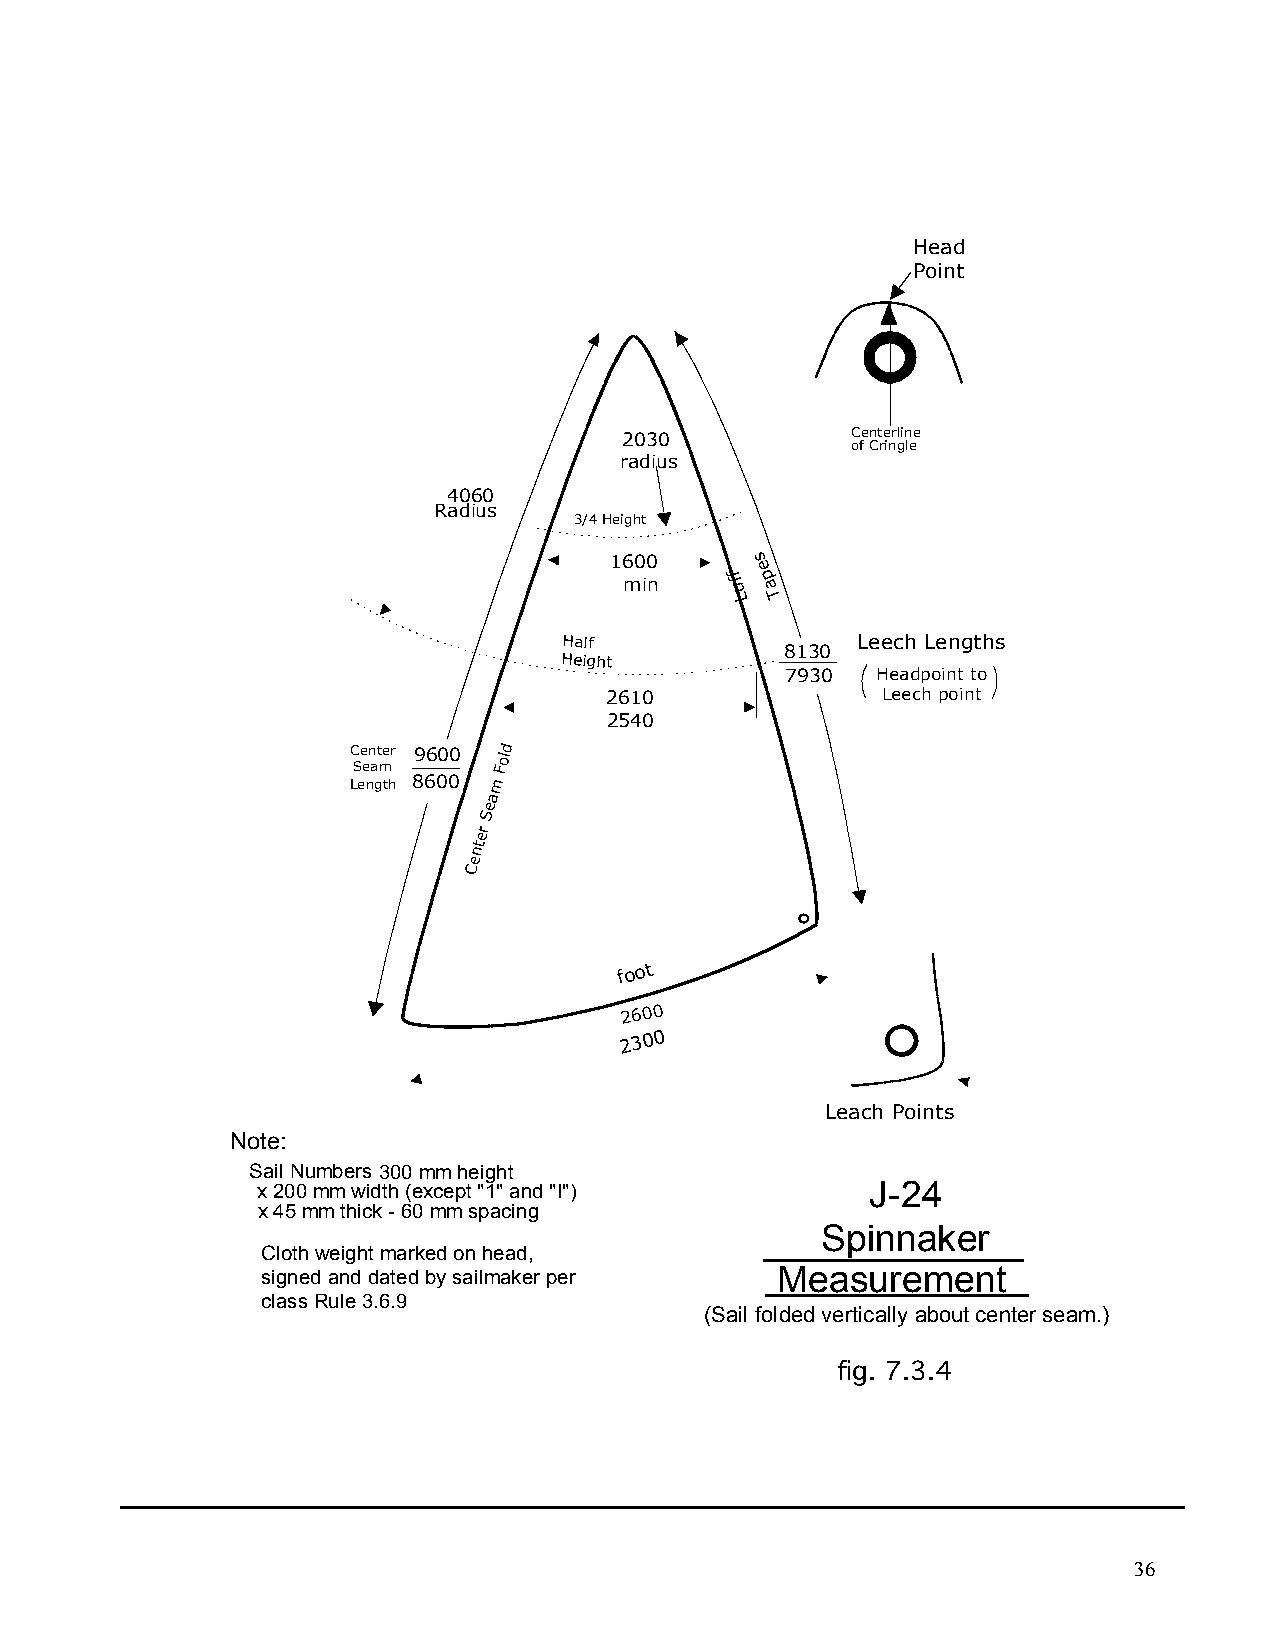
Head
 Point
 2030           Centerline
 of Cringle
 radius
 4060
 Radius
 3/4 Height
 1600      s
 e
 min    ffu p a
 L  T
 Half                Leech Lengths
 8130
 Height
 7930  Headpoint to
 2610              Leech point
 2540
 C Se en at mer 9600 Fold
 Length 8600 m
 a
 e
 S
 er
 nt
 e
 C
 foot
 2600
 2300
 Leach Points
 Note:
 Sail Numbers300 mm height
 x 200 mm width (except "1" and "I")      J-24
 x 45 mm thick - 60 mm spacing
 Spinnaker
 Cloth weight marked on head,
 signed and dated by sailmaker per Measurement
 class Rule 3.6.9
 (Sail folded vertically about center seam.)
 fig. 7.3.4
 36